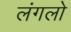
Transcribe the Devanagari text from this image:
लंगलो